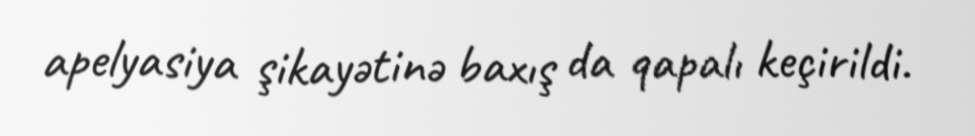
apelyasiya şikayətinə baxış da qapalı keçirildi.